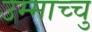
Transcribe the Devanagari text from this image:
उम्माच्चु